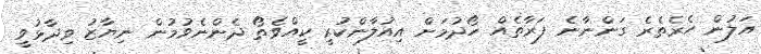
އަލުން ހެރެތެރެ ގަންނާނެ ފަރާތެއް ހޯދުމަށް އިއުލާންކުރީ ކީއްވެތޯ ދެންނެވުމުން ނިޔާޒު ވިދާޅުވީ